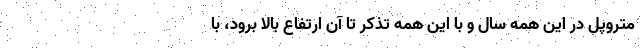
متروپل در این همه سال و با این همه تذکر تا آن ارتفاع بالا برود، با